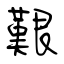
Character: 艱